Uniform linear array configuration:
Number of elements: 24
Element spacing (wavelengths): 0.25
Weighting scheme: exponential
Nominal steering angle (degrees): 45
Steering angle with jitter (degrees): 46.939
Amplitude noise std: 0.05
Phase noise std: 0.05

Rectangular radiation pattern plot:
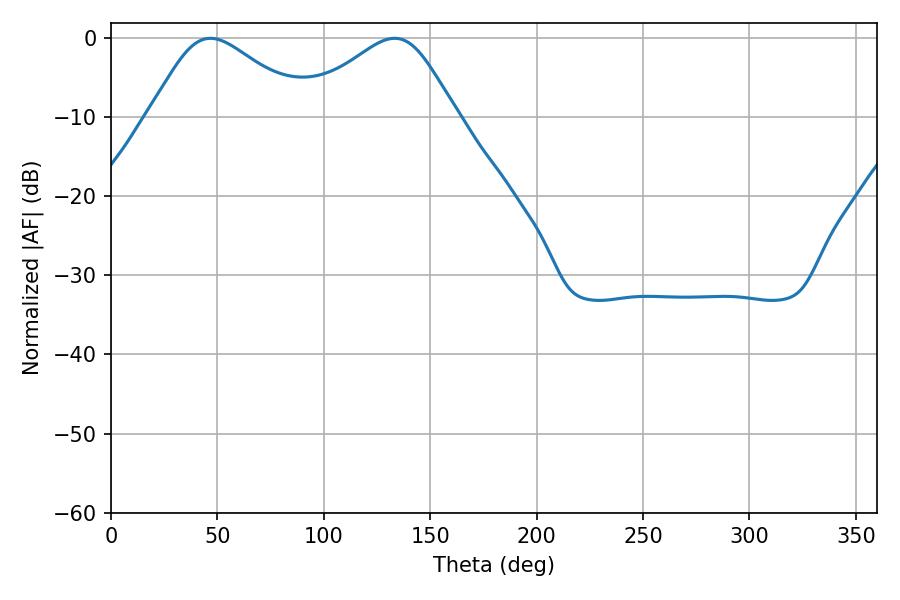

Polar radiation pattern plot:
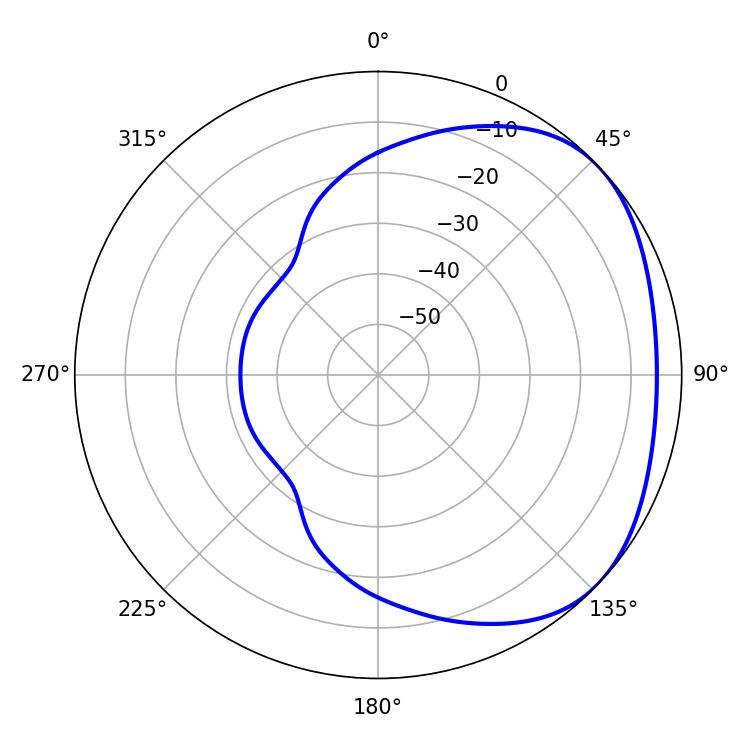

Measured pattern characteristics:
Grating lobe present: FALSE
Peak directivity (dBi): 2.584
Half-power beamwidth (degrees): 36.9
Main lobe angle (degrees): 46.8